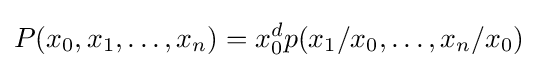
P(x_{0},x_{1},\ldots ,x_{n})=x_{0}^{d}p(x_{1}/x_{0},\ldots ,x_{n}/x_{0})